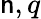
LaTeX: \mathsf{n},q